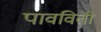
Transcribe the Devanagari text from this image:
पावविती